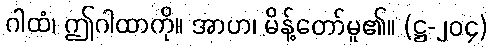
ဂါထံ၊ ဤဂါထာကို။ အာဟ၊ မိန့်တော်မူ၏။ (ဋ္ဌ-၂၀၄)